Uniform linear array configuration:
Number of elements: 24
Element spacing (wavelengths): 0.75
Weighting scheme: hamming
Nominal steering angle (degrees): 30
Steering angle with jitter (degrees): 30.739
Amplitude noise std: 0.05
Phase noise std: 0.05

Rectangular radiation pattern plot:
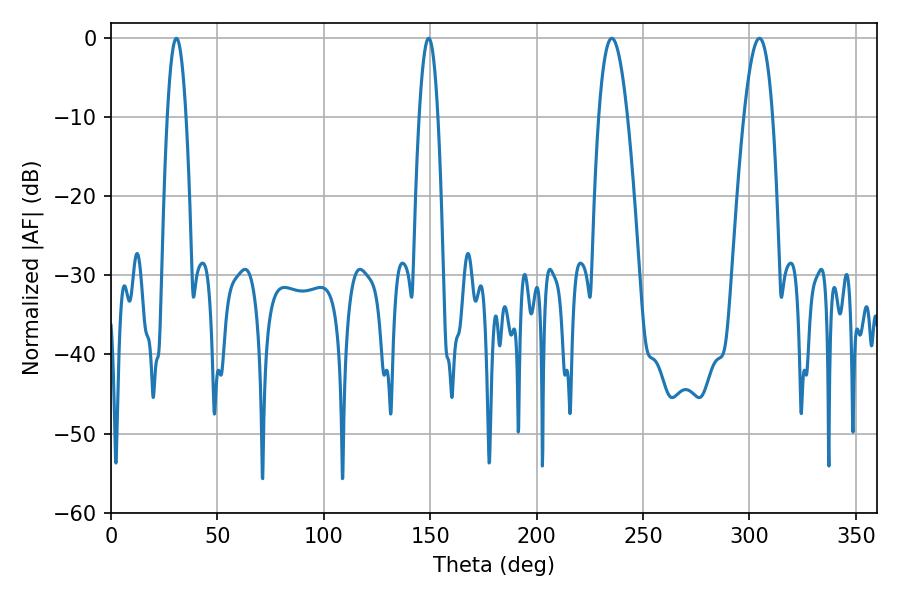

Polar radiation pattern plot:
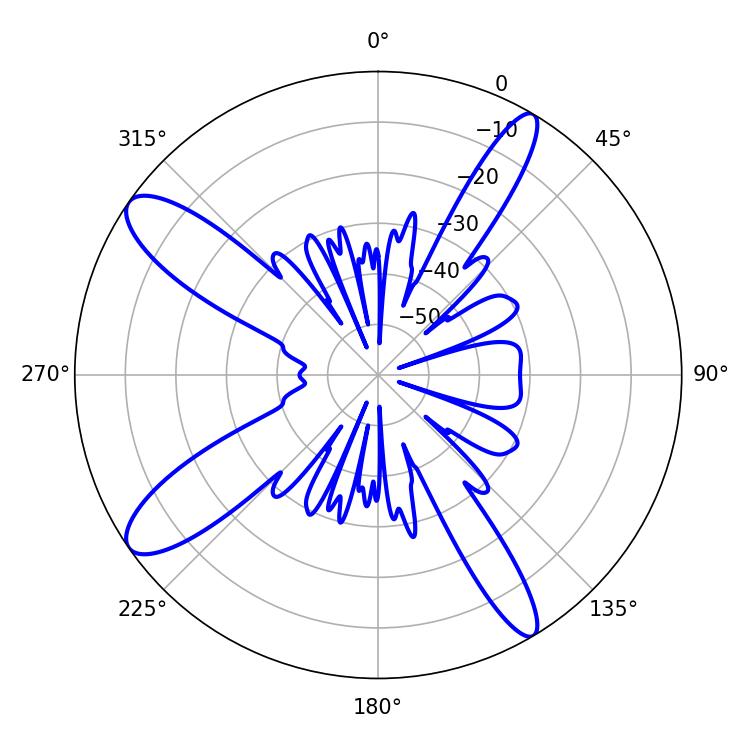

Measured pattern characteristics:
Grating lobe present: TRUE
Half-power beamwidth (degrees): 7.38
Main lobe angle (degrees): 235.26